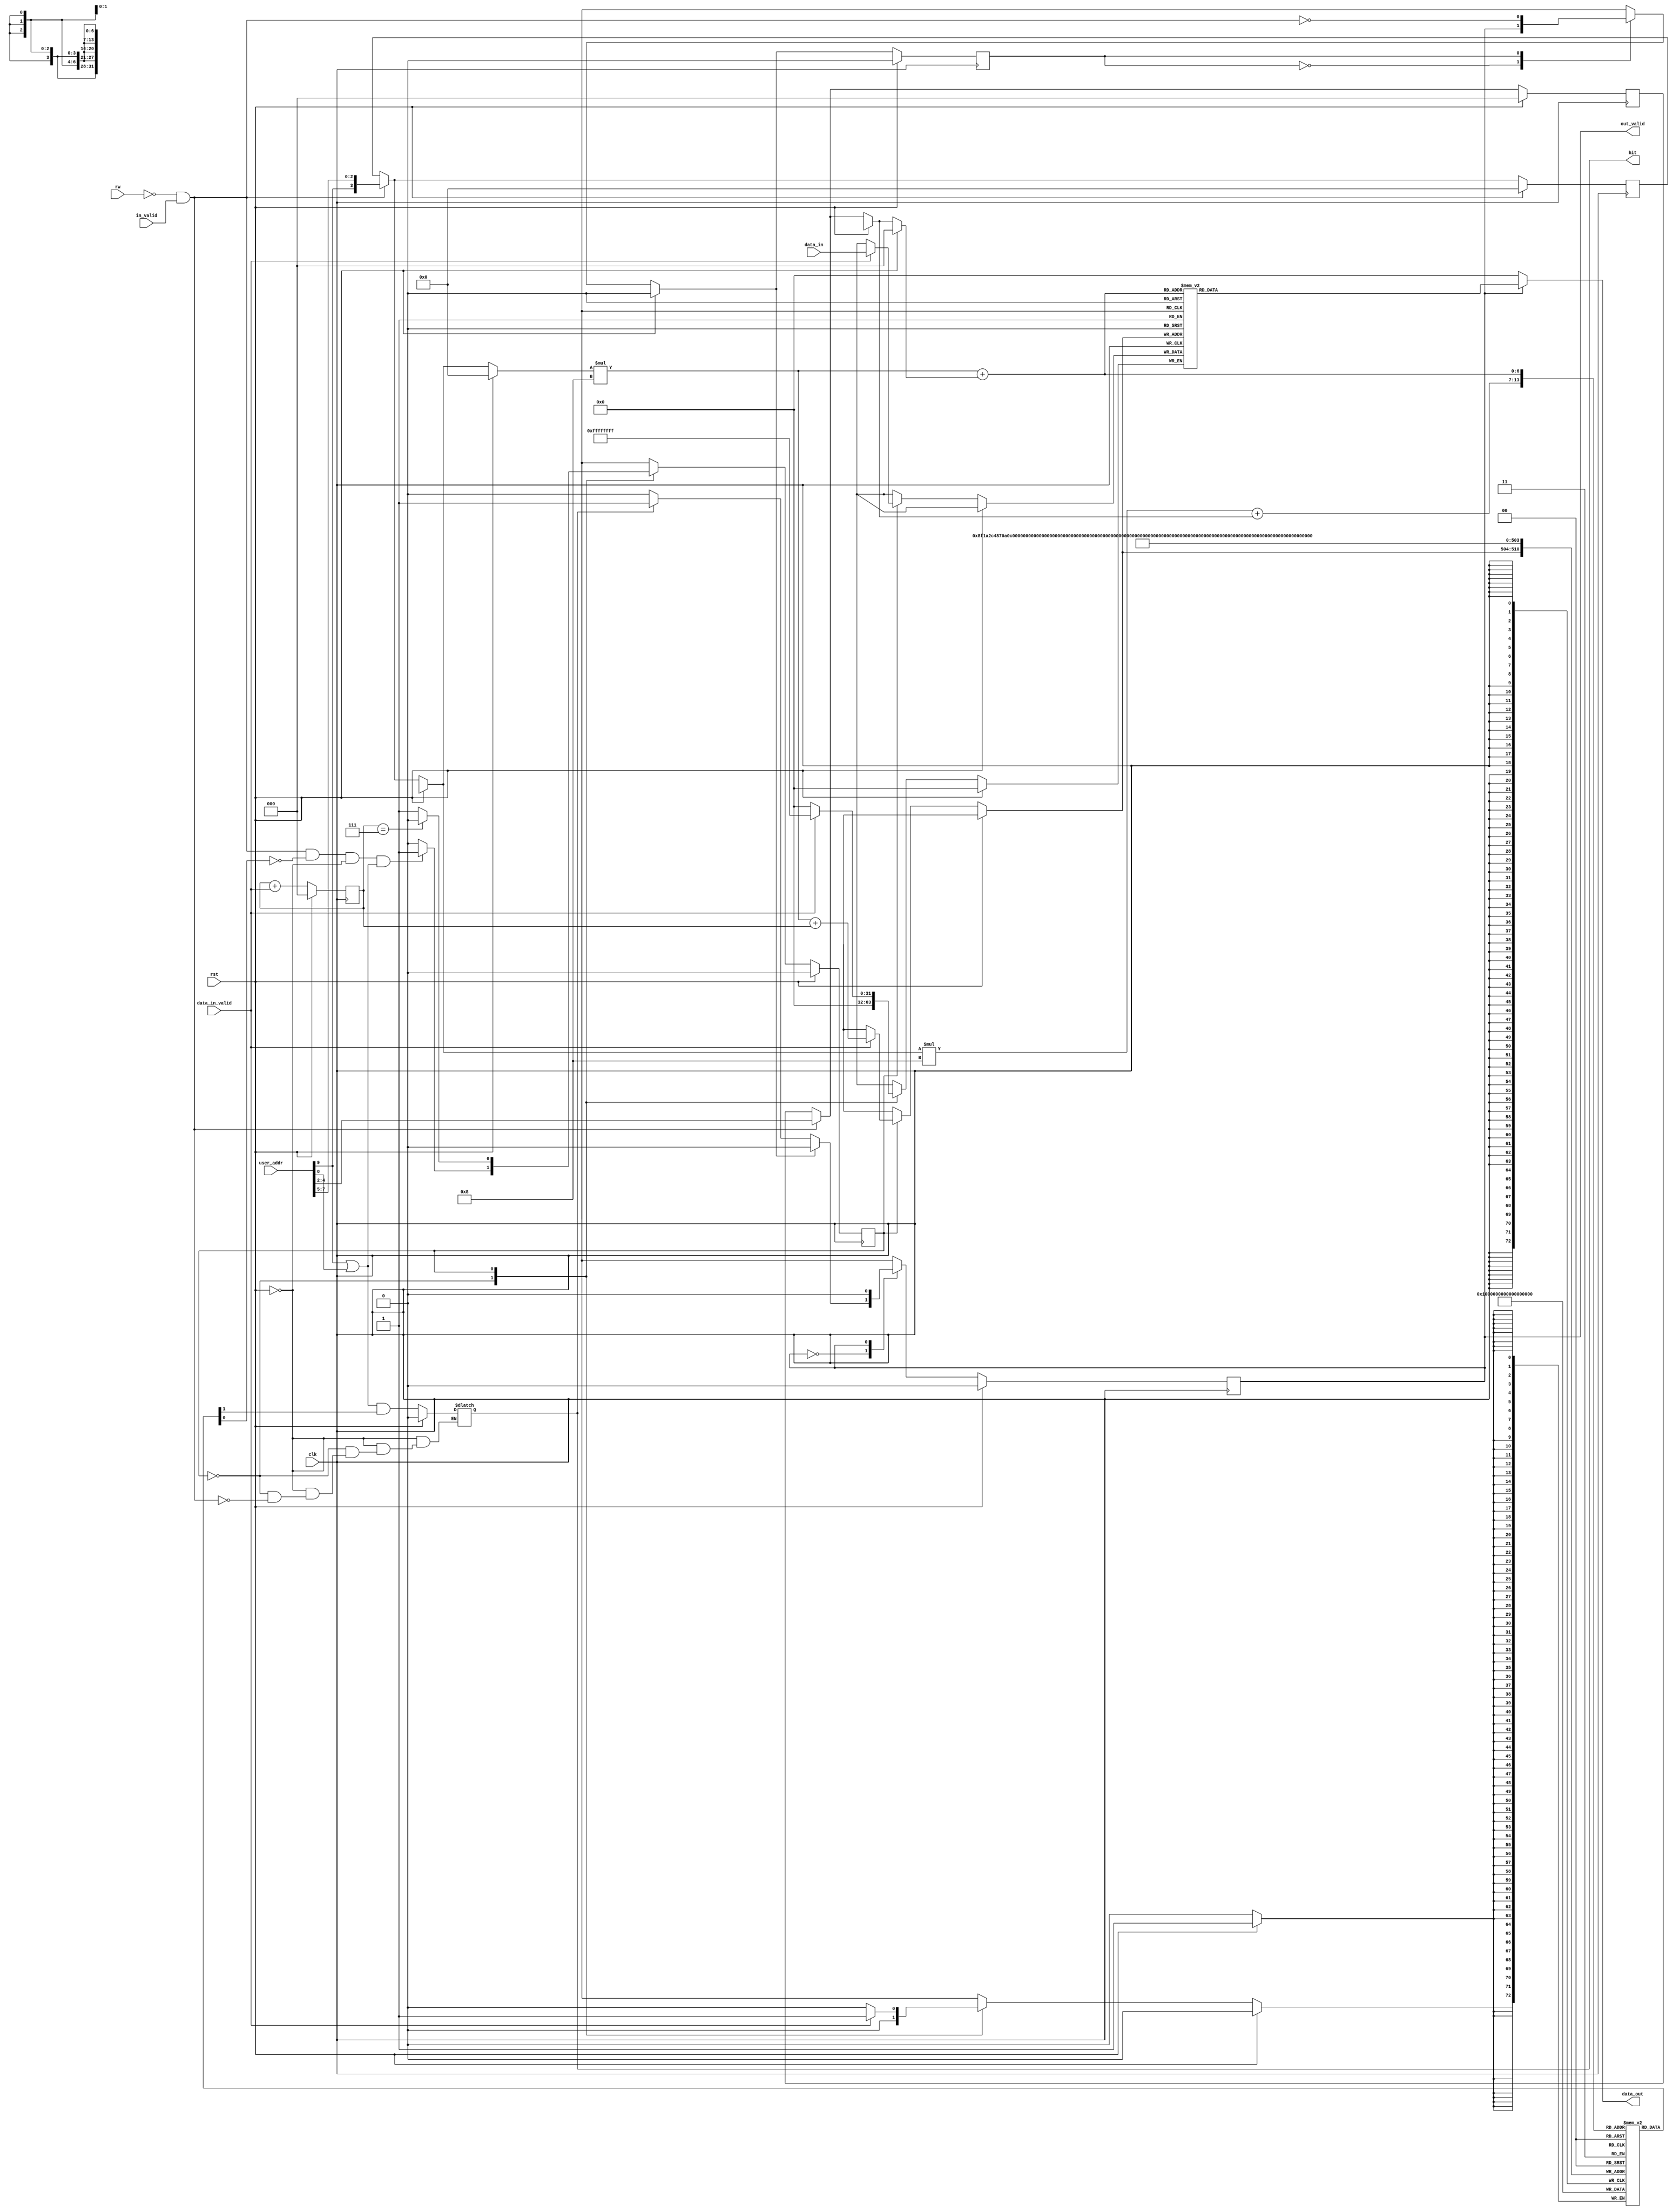


module code_cache
(
    input clk ,
    input rst , 
    input [22:0] user_addr ,

    input rw ,
    input in_valid ,

    input data_in_valid ,
    input [31:0] data_in ,

    output hit ,
    output reg out_valid ,
    output reg [31:0] data_out
);

// If address belong to 0x3800_0100~0x3800_03FF
// Then miss.

reg [31:0] cache [0:8] [0:7] ;
reg hit_array [0:8] [0:7] ;
reg hit_q , hit_d ;
reg miss ;
reg output_flag_d , output_flag_q ; 

reg save_state_d , save_state_q ;
reg output_state_d , output_state_q ;
reg [3:0] origin , origin_d ;
reg [2:0] offset , offset_d ;


reg [2:0] prefetch_count ;
always @(posedge clk) begin
    if (rst) begin
        prefetch_count <= 0 ; 
    end else begin
        prefetch_count <= prefetch_count + data_in_valid ;
    end
end
/*
origin (column)
 DC:Dont care                                  DC
 user_addr                                [ 09 | 08 | 07 | 06 | 05 ]
0x3800_0100 --> 100 --> 0001_0000_0000  -->  0    1    0    0    0  --> 0
0x3800_0120 --> 120 --> 0001_0010_0000  -->  0    1    0    0    1  --> 1
0x3800_0140 --> 140 --> 0001_0100_0000  -->  0    1    0    1    0  --> 2
0x3800_0160 --> 160 --> 0001_0110_0000  -->  0    1    0    1    1  --> 3
0x3800_0180 --> 180 --> 0001_1000_0000  -->  0    1    1    0    0  --> 4
0x3800_01A0 --> 1A0 --> 0001_1010_0000  -->  0    1    1    0    1  --> 5
0x3800_01C0 --> 1C0 --> 0001_1100_0000  -->  0    1    1    1    0  --> 6
0x3800_01E0 --> 1E0 --> 0001_1110_0000  -->  0    1    1    1    1  --> 7
0x3800_0200 --> 200 --> 0010_0000_0000  -->  1    0    0    0    0  --> 8

offset (row)
          [ 4 | 3 | 2 ]
 0x00   --> 0   0   0
 0x04   --> 0   0   1
 0x08   --> 0   1   0
 0x0C   --> 0   1   1
 0x10   --> 1   0   0
 0x14   --> 1   0   1   
 0x18   --> 1   1   0
 0x1C   --> 1   1   1
*/



// save data
localparam IDLE = 1'd0 ;
localparam SAVING = 1'd1 ;
always @(posedge clk) begin
    if (rst) begin
        save_state_q <= IDLE ;
    end else begin
        save_state_q <= save_state_d ;
    end
end
always @(*) begin
    case (save_state_q)
        IDLE: begin
            save_state_d = (miss) ? SAVING : IDLE ;
        end
        SAVING : begin
            save_state_d = (prefetch_count==3'd7) ? IDLE : SAVING ;
        end
        default: save_state_d = (miss) ? SAVING : IDLE ;
    endcase
end
integer i , j ;
always @(posedge clk) begin
    if (rst) begin
        for ( i = 0; i<9 ; i=i+1 ) begin
            for ( j = 0 ; j<8 ; j=j+1 ) begin
                hit_array [i][j] <= 1'b0 ;
            end
        end
    end 
    /* if cache miss */
    else begin
        case (save_state_q)
            IDLE: begin
                // origin <= {user_addr[9] ,user_addr[7:5]} ;
            end
            SAVING : begin
                if (data_in_valid) begin
                    cache [origin][prefetch_count] <= data_in ;
                    hit_array [origin][prefetch_count] <= 1'd1 ;
                end
            end
            default: begin
                // origin <= {user_addr[9] ,user_addr[7:5]} ;
            end
        endcase
    end
end

// Output data to WB
// localparam IDLE = 1'b0 ; 
localparam OUTPUT_STATE = 1'b1 ;
always @(posedge clk) begin
    if (rst) begin
        output_state_q <= IDLE ;
    end else begin
        output_state_q <= output_state_d ;
    end
end
always @(*) begin
    case (output_state_q)
        IDLE: begin
            if (output_flag_d) begin
                output_state_d = IDLE ;
            end else begin
                output_state_d = (hit_d) ? (OUTPUT_STATE) : (IDLE) ;
            end
        end
        OUTPUT_STATE : begin
            output_state_d = IDLE ;
        end
        default: begin
            if (output_flag_d) begin
                output_state_d = IDLE ;
            end else begin
                output_state_d = (hit_d) ? (OUTPUT_STATE) : (IDLE) ;
            end
        end
    endcase
end
always @(*) begin
    out_valid = output_state_q ;
    data_out = (out_valid)? (cache [origin] [offset]) : 0 ; 
end

always @(*) begin 
    if (rst) begin
        hit_d = 0 ;
        origin = 0 ;
        offset = 0 ;
    end else begin
        if ( (~rw) & in_valid) begin
            origin = {user_addr[9] , user_addr[7:5]} ;
            offset = user_addr[4:2] ;
        end else begin
            origin = origin_d ;
            offset = offset_d ;
        end
        case (save_state_q)
            IDLE: begin
                if ((~rw) & in_valid) begin
                    hit_d = (user_addr[9]|user_addr[8])&(hit_array [origin][offset]) ;
                end else begin
                    hit_d = hit_d ;//(hit_array [origin][offset]) ;//0 ;
                end
            end 
            SAVING : begin
                hit_d = (user_addr[9]|user_addr[8])&(hit_array [origin][offset]) ;
            end
            default: begin
                if ((~rw) & in_valid) begin
                    hit_d = (user_addr[9]|user_addr[8])&(hit_array [origin][offset]) ;
                end else begin
                    hit_d = hit_d; //(hit_array [origin][offset]) ;//0 ;
                end
            end
        endcase
    end
end
always @(posedge clk) begin
    if (rst) begin
        hit_q <= 1'd0 ;
    end else begin
        hit_q <= hit_d ;
    end
end
assign hit = hit_d ;

always @(*) begin
    miss <= (~rw) & in_valid & (~hit_array [origin][offset]) & ~rst & (user_addr[9]|user_addr[8]);
end

always @(posedge clk) begin
    if (rst) begin
        offset_d <= 0 ;
        origin_d <= 0 ;
    end else begin
        if ( (~rw) & in_valid ) begin
            origin_d = {user_addr[9] , user_addr[7:5]} ;
            offset_d = user_addr[4:2] ;
        end
    end
end

/* output flag */
always @(*) begin
    if (rst) begin
        output_flag_d = 0 ; 
    end else begin
        case (output_flag_q)
            /* When cache output a data , flags . */
            0 : output_flag_d = out_valid ;
            /* When a new read request is asserted , remove the output flag . */
            1 : output_flag_d = !((~rw) & in_valid) ;
            default: output_flag_d = out_valid ;
        endcase
    end
end
always @(posedge clk) begin
    if (rst) begin
        output_flag_q <= 0 ;
    end else begin
        output_flag_q <= output_flag_d ;
    end
end

/* for testing only */
wire hit_array_0_0 , hit_array_0_1 , hit_array_0_2 ;
wire [31:0] cache_0_0 , cache_0_1 , cache_0_2 , cache_0_3 , cache_0_4 , cache_0_5 , cache_0_6 , cache_0_7 ;
assign hit_array_0_0 = hit_array [0][0] ;
assign hit_array_0_1 = hit_array [0][1] ;
assign hit_array_0_2 = hit_array [0][2] ;
assign cache_0_0 = cache [0][0] ;
assign cache_0_1 = cache [0][1] ;
assign cache_0_2 = cache [0][2] ;
assign cache_0_3 = cache [0][3] ;
assign cache_0_4 = cache [0][4] ;
assign cache_0_5 = cache [0][5] ;
assign cache_0_6 = cache [0][6] ;
assign cache_0_7 = cache [0][7] ;

endmodule

// Remind to change the end time of TB .